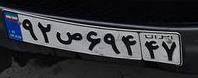
۹۲ص۶۹۴۴۷